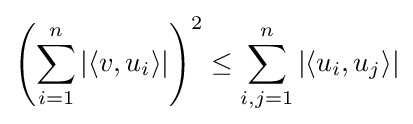
\displaystyle \left(\sum _{i=1}^{n}|\langle v,u_{i}\rangle |\right)^{2}\leq \sum _{i,j=1}^{n}|\langle u_{i},u_{j}\rangle |